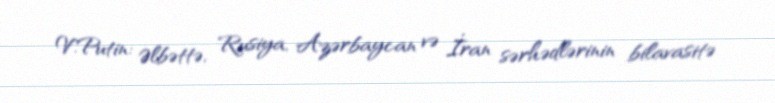
V.Putin: Əlbəttə, Rusiya, Azərbaycan və İran sərhədlərinin bilavasitə